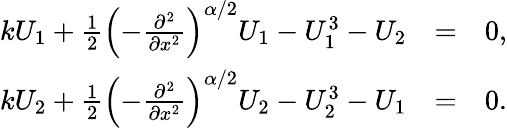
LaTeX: \begin{array}{rlr}{kU_{1}+\frac{1}{2}\left(-\frac{\partial^{2}}{\partial x^{2}}\right)^{\alpha/2}U_{1}-U_{1}^{3}-U_{2}}&{=}&{0,}\\ {kU_{2}+\frac{1}{2}\left(-\frac{\partial^{2}}{\partial x^{2}}\right)^{\alpha/2}U_{2}-U_{2}^{3}-U_{1}}&{=}&{0.}\end{array}